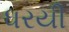
ધરયી